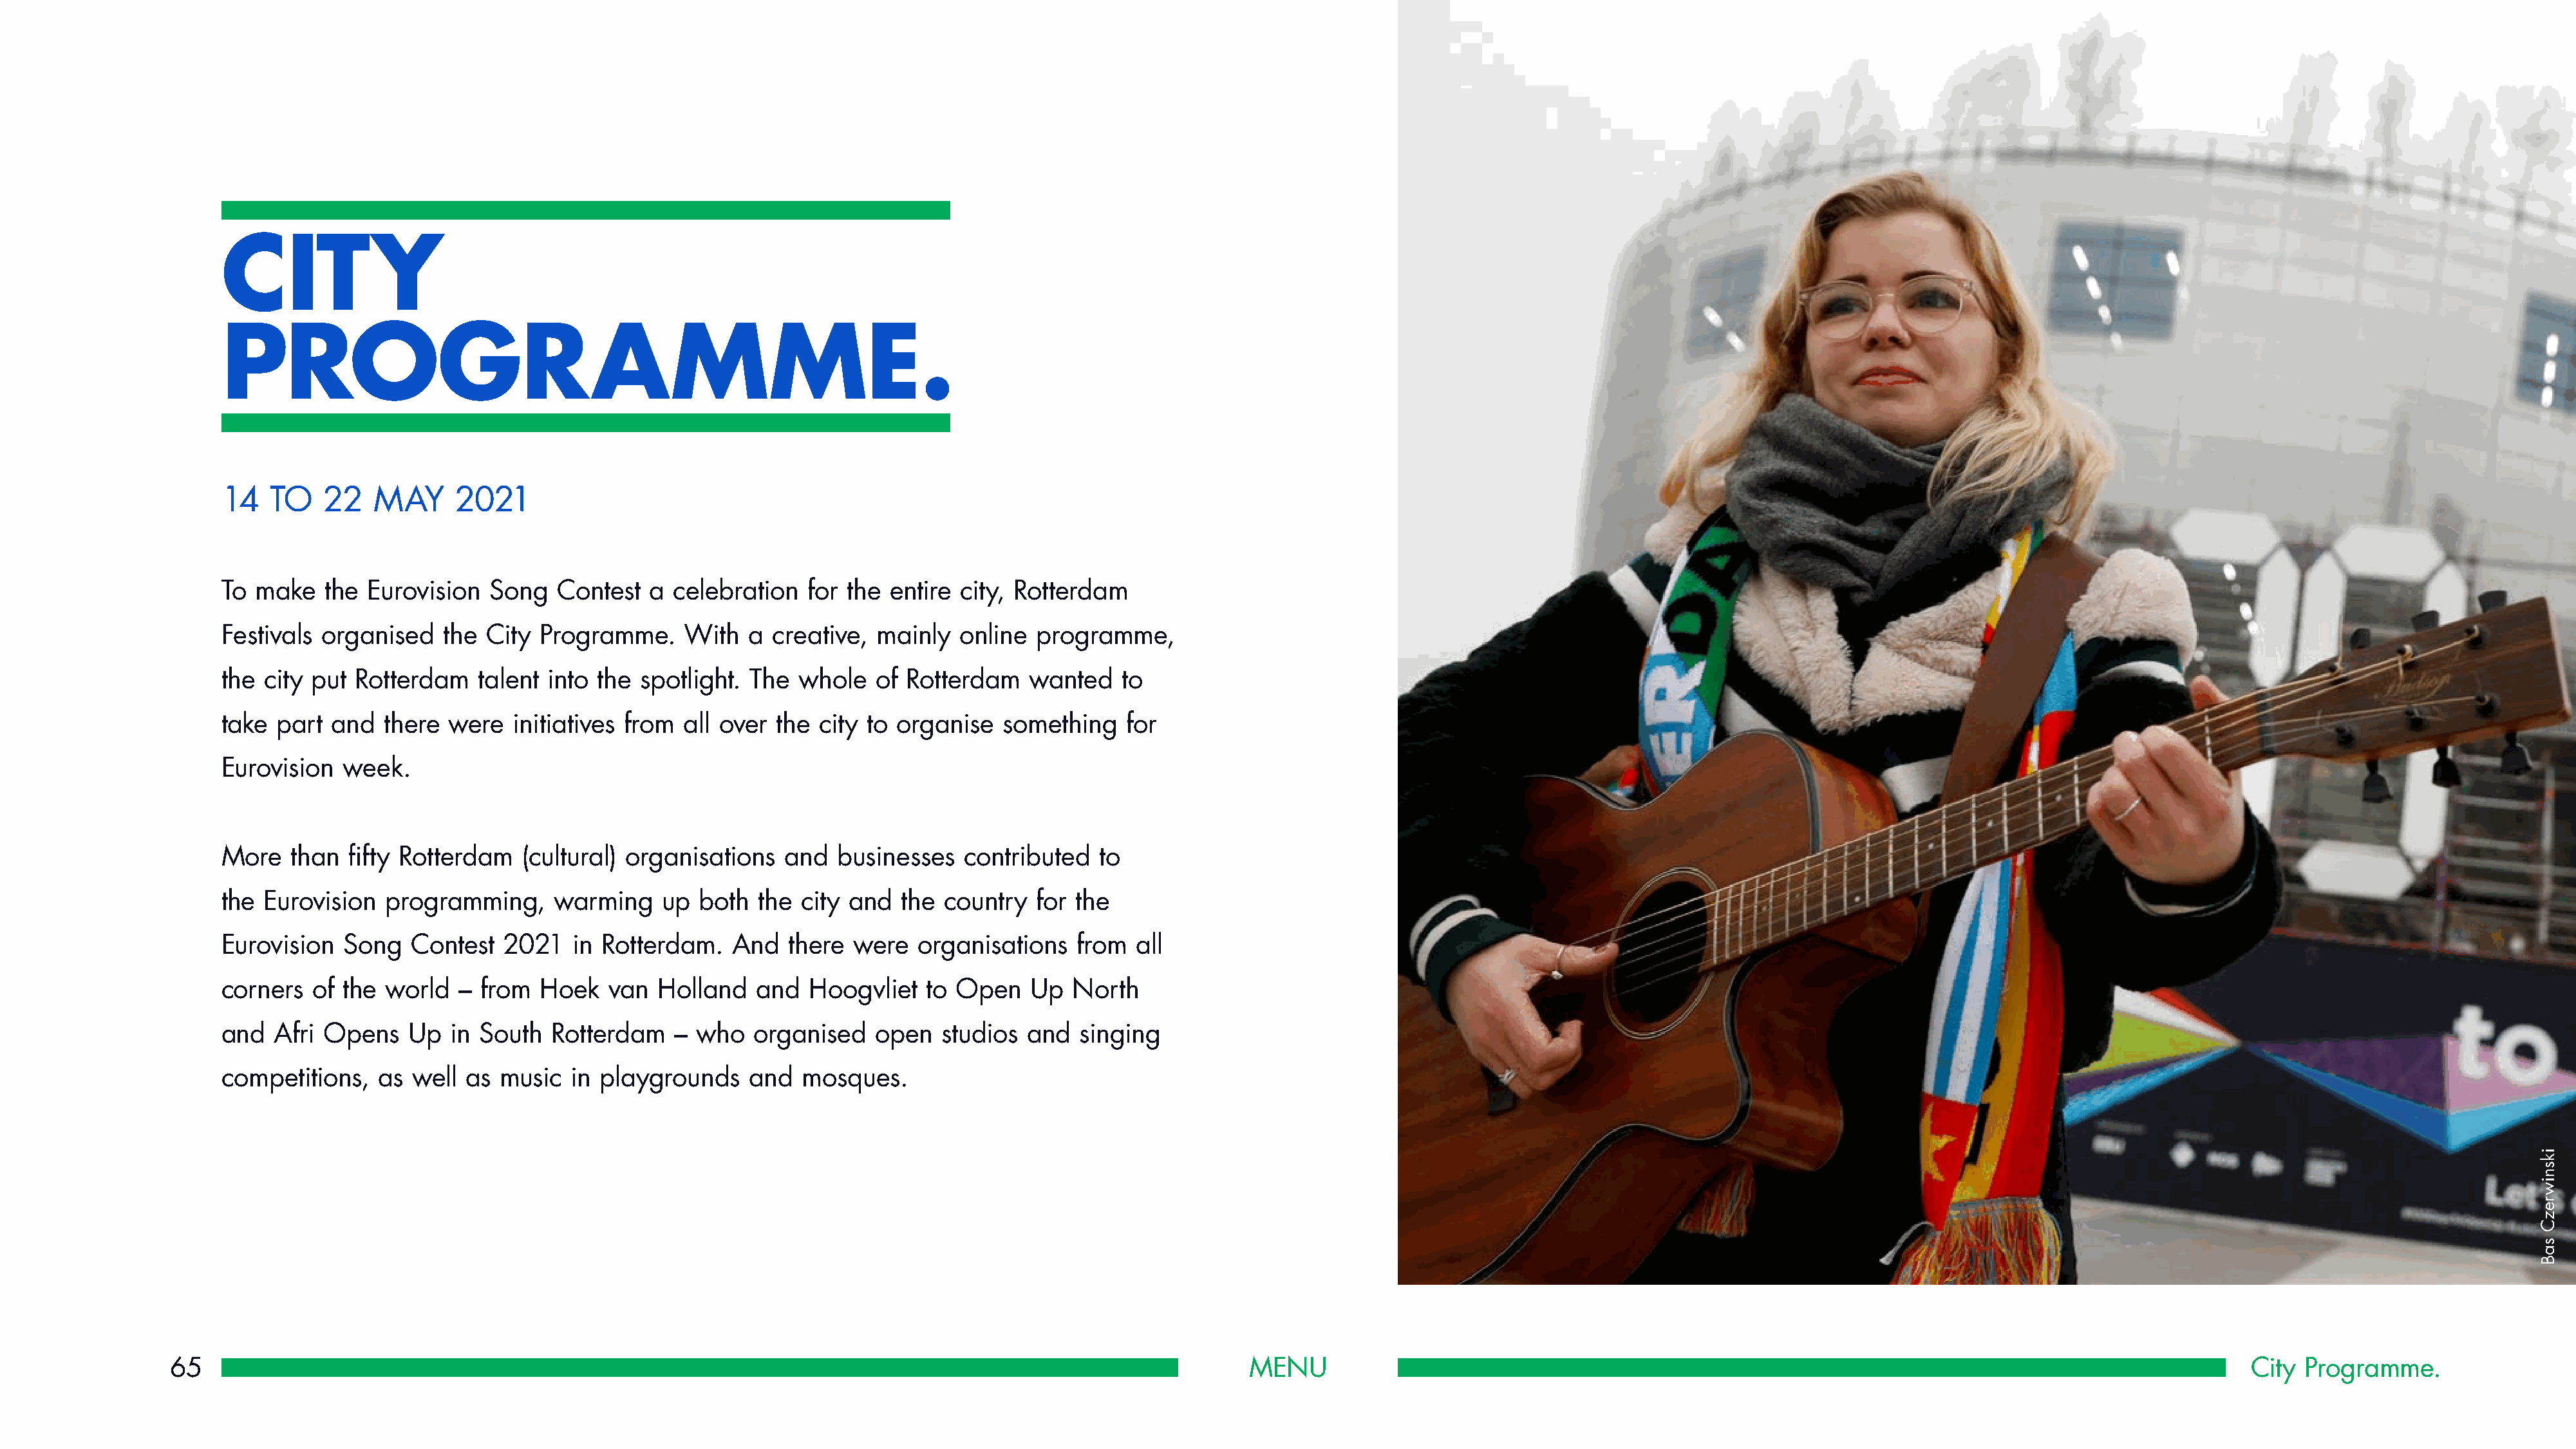
CITY
 PROGRAMME.
 14   TO   22   MAY      2021
 To make   the  Eurovision  Song   Contest   a celebration   for the entire  city, Rotterdam
 Festivals organised    the City Programme.     With   a creative,  mainly   online  programme,
 the city put  Rotterdam   talent into the  spotlight. The  whole   of Rotterdam    wanted   to
 take part  and   there were   initiatives from all over  the city to organise   something    for
 Eurovision  week.
 More   than  fifty Rotterdam   (cultural) organisations   and  businesses   contributed   to
 the Eurovision   programming,     warming    up  both  the city and   the country   for the
 Eurovision  Song   Contest   2021   in Rotterdam.   And   there  were  organisations    from  all
 corners  of the  world  – from  Hoek    van  Holland   and  Hoogvliet   to Open    Up  North
 and  Afri Opens    Up  in South   Rotterdam   –  who  organised    open   studios  and  singing
 competitions,   as well  as music   in playgrounds    and  mosques.
 65                                                                                                             MENU                                                                                                   City  Programme.
 iksniwrezC
 saB